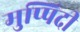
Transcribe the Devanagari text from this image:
मुप्पिदी